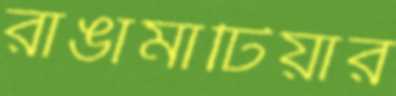
রাঙামাটিয়ার